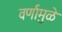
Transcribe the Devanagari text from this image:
वर्णामुळे